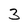
Character: 3